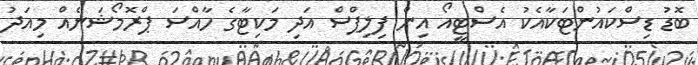
ބޮޑު ޑިސްކައުންޓަކާއެކު އެސްޓީއޯ އިން ފިލިޕްސް އަދި މަކިޓާގެ ހާއްސަ ޕްރޮމޯޝަނެއް މިއަދު